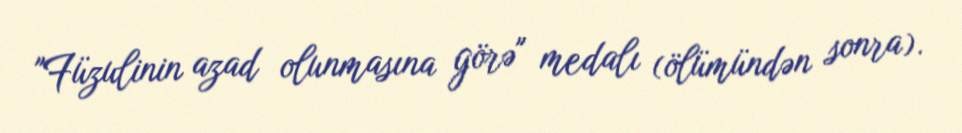
"Füzulinin azad olunmasına görə" medalı (ölümündən sonra).